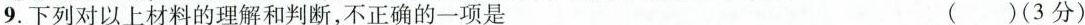
9.下列对以上材料的理解和判断，不正确的一项是()(3分)